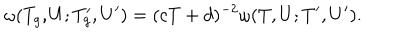
LaTeX: \omega ( T _ { g } , U ; T _ { g } ^ { \prime } , U ^ { \prime } ) = ( c T + d ) ^ { - 2 } \omega ( T , U ; T ^ { \prime } , U ^ { \prime } ) .